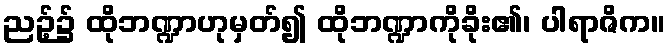
ညဉ့်၌ ထိုဘဏ္ဍာဟုမှတ်၍ ထိုဘဏ္ဍာကိုခိုး၏၊ ပါရာဇိက။